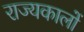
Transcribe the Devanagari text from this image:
राज्यकालों